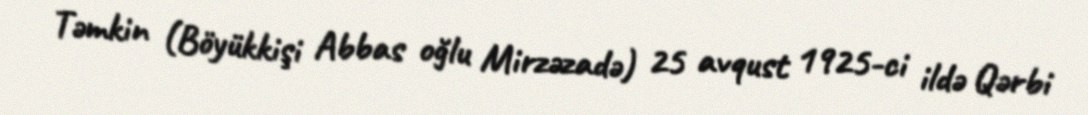
Təmkin (Böyükkişi Abbas oğlu Mirzəzadə) 25 avqust 1925-ci ildə Qərbi